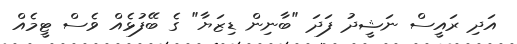
އަދި ރައީސް ނަޝީދު ފަދަ "ބާނިން ޑިޒަޔާ" ގެ ބޭފުޅެއް ވެސް ޓީމެއް